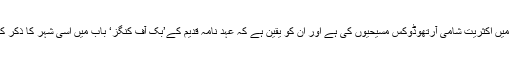
صدد شہر میں اکثریت شامی آرتھوڈوکس مسیحیوں کی ہے اور ان کو یقین ہے کہ عہد نامہ قدیم کے’بُک آف کنگز‘ باب میں اسی شہر کا ذکر کیا گیا ہے۔